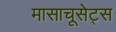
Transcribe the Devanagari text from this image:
मासाचूसेट्स